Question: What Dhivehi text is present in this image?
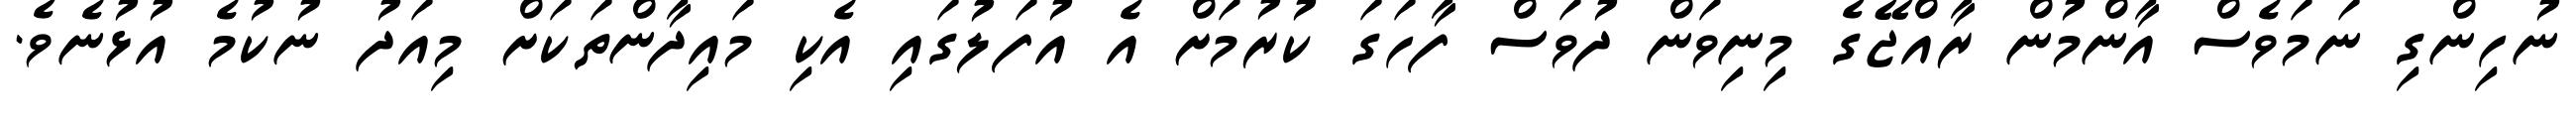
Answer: ނުހިންގި ނަމަވެސް އާންމުން ރާއްޖޭގެ މިނިވަން ދުވަސް ފާހަގަ ކުރުމަށް އެ އުފަލުގައި އެކި މައިދާންތަކަށް މިއަދު ނުކުމެ އުޅުނެވެ.